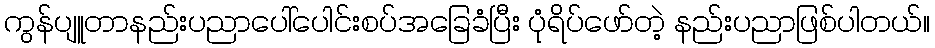
ကွန်ပျူတာနည်းပညာပေါ်ပေါင်းစပ်အခြေခံပြီး ပုံရိပ်ဖော်တဲ့ နည်းပညာဖြစ်ပါတယ်။